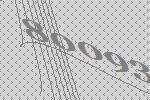
80093